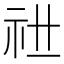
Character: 𥘠